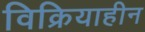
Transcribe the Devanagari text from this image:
विक्रियाहीन